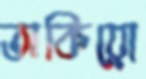
তাকিয়ো